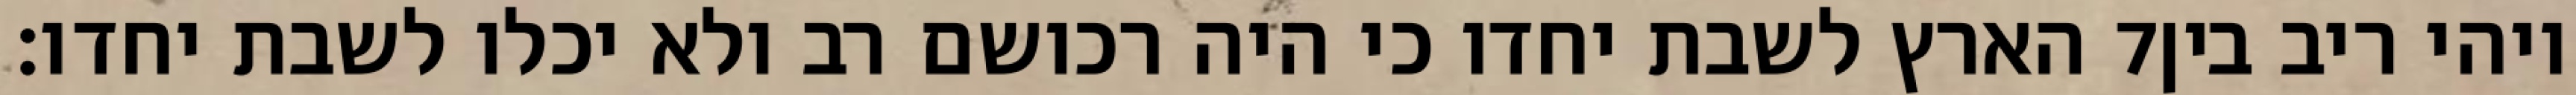
הארץ לשבת יחדו כי היה רכושם רב ולא יכלו לשבת יחדו׃ ‎7‏ ויהי ריב בין